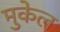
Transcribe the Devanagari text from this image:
मुकेल